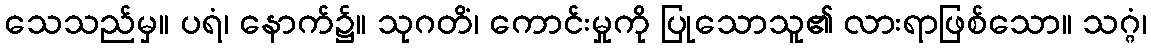
သေသည်မှ။ ပရံ၊ နောက်၌။ သုဂတိံ၊ ကောင်းမှုကို ပြုသောသူ၏ လားရာဖြစ်သော။ သဂ္ဂံ၊